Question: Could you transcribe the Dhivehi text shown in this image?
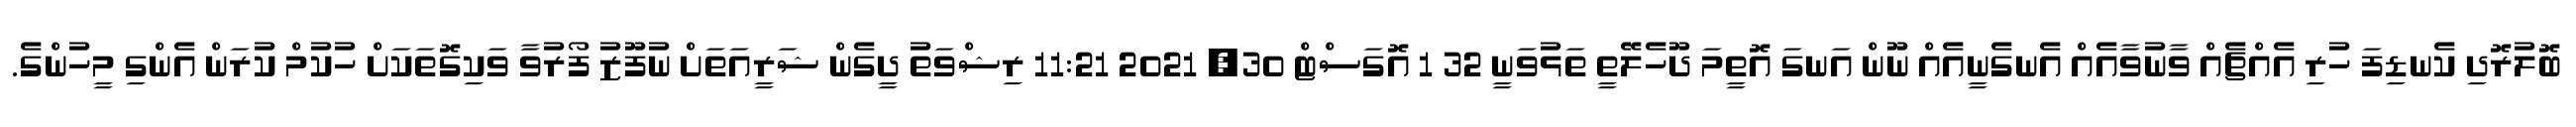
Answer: ބޮލުރޮދި ކެނޑިފަ ހުރި އެއްޗެއް ވާނުވާއެއް އެނގެނީއެއް ނޫން އަނގަ އޮތީމަ ދޫހެލޭތީ ތަޅުވަނީ 32 1 އޮގަސްޓް 30, 2021 11:21 ރިޝްވަތު ދީގެން ޝަރީއަތަށް ނުފޫޒު ފޯރުވާ ވަކިގޮތަކަށް ހުކުމް ކުރަން އެންގި މީހުންގެ.